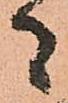
者